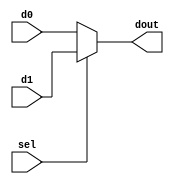
//do if sel is 0 else d1.
module mux_2x1_12bit(dout,d0,d1,sel);
	output [11:0] dout;
	input [11:0] d0,d1;
	input sel;
	assign dout = sel ? d1 : d0;
endmodule